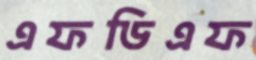
এফডিএফ